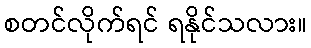
စတင်လိုက်ရင် ရနိုင်သလား။